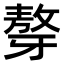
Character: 𤘒